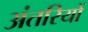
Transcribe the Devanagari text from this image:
अंतरियों